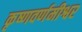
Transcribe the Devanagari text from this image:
कृष्णवर्णमीश्वर